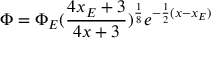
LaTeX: \Phi = \Phi _ { E } ( \frac { 4 x _ { E } + 3 } { 4 x + 3 } ) ^ { \frac { 1 } { 8 } } e ^ { - \frac { 1 } { 2 } ( x - x _ { E } ) }